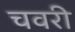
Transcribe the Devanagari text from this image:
चवरी